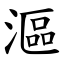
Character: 漚